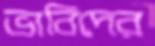
ভাবিদের